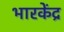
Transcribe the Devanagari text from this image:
भारकेंद्र